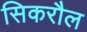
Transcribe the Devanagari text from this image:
सिकरौल